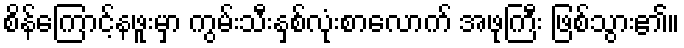
စိန်ကြောင့်နဖူးမှာ ကွမ်းသီးနှစ်လုံးစာလောက် အဖုကြီး ဖြစ်သွား၏။